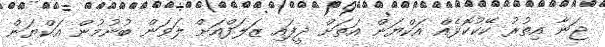
ޖަނާ އިތުރު ކޭކުކޮޅެއް އަކްޔަން އަތަށް ދީފައި ޒަލަފްއަށް ލަވަން ބުނުމުން އަކްޔަން